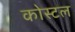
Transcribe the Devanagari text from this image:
कोस्‍टल